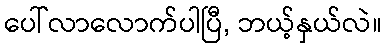
ပေါ်လာလောက်ပါပြီ, ဘယ့်နှယ်လဲ။